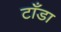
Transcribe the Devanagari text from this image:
टाँडा